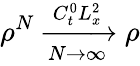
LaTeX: \rho^{N}\xrightarrow[N\rightarrow\infty]{C_{t}^{0}L_{x}^{2}}\rho